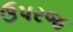
ઉપરજ